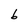
Character: 6